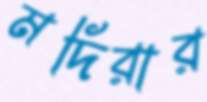
মদিরার